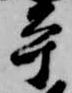
平